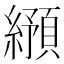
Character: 𬘂